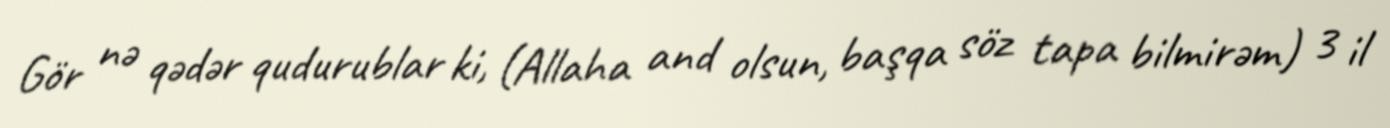
Gör nə qədər qudurublar ki, (Allaha and olsun, başqa söz tapa bilmirəm) 3 il